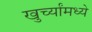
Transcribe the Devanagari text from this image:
खुर्च्यांमध्ये